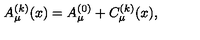
A _ { \mu } ^ { ( k ) } ( x ) = A _ { \mu } ^ { ( 0 ) } + C _ { \mu } ^ { ( k ) } ( x ) ,